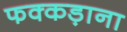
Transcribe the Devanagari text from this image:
फक्‍कड़ाना